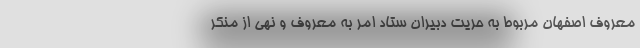
معروف اصفهان مربوط به حریت دبیران ستاد امر به معروف و نهی از منکر